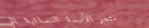
متجر الألبسة النسائية الم